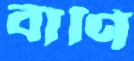
বাণি